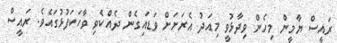
ރައީސް ޔާމީން މިހެން ވިދާޅުވީ މިއަދު އެރަށަށް ވަޑައިގެން ދެއްކެވި ވާހަކަފުޅުގައެވެ. ރައީސް